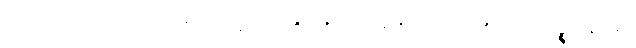
ဤသည်ကား။ အတ္ထော၊ တည်း။ သော၊ ထိုအဝိတက္က အဝိစာရ သမာဓိသည်။ ပဉ္စကနယေ၊